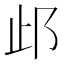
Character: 𰻤